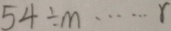
5 4 \div m \cdots r